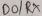
Text: D0